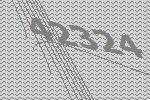
42324